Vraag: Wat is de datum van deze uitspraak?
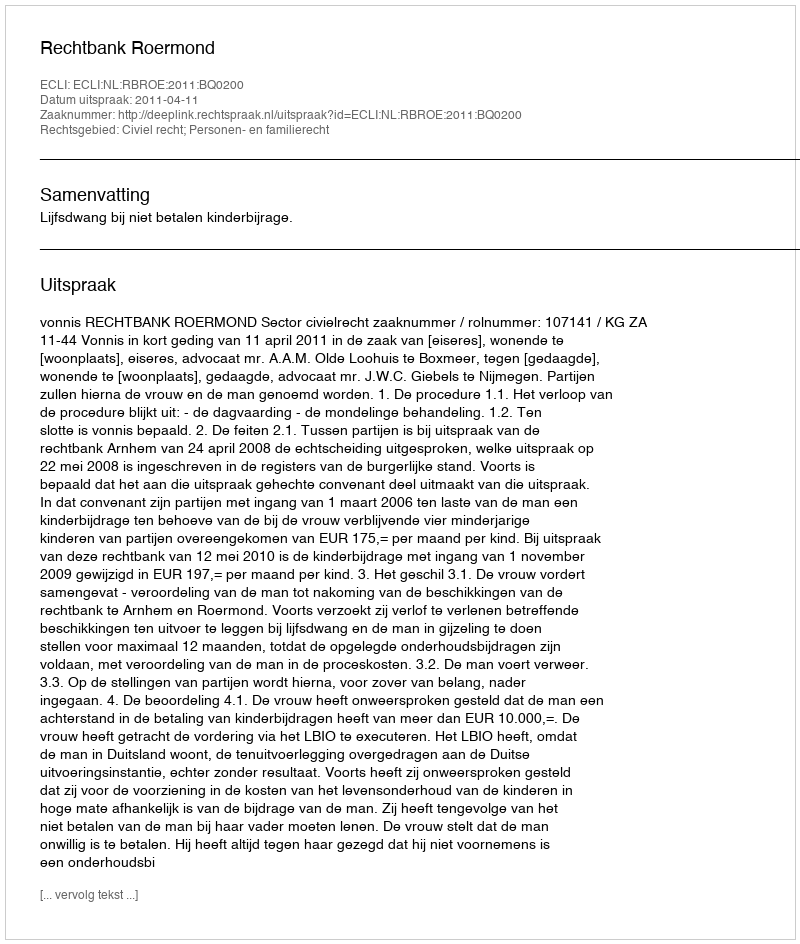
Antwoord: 2011-04-11